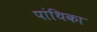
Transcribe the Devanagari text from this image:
पांथिका